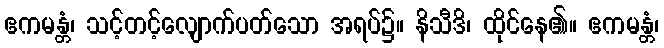
ဧကမန္တံ၊ သင့်တင့်လျောက်ပတ်သော အရပ်၌။ နိသီဒိ၊ ထိုင်နေ၏။ ဧကမန္တံ၊